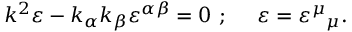
k ^ { 2 } \varepsilon - k _ { \alpha } k _ { \beta } \varepsilon ^ { \alpha \beta } = 0 ~ ; ~ ~ ~ ~ \varepsilon = { \varepsilon ^ { \mu } } _ { \mu } .